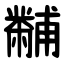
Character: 黼